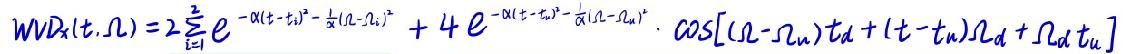
\[ WVD_x(t,\Omega)=2\sum_{i = 1}^{2}e^{-\alpha(t - t_i)^2-\frac{1}{\alpha}(\Omega-\Omega_i)^2}+4e^{-\alpha(t - t_{m})^2-\frac{1}{\alpha}(\Omega-\Omega_{m})^2}\cdot\cos[(\Omega-\Omega_{m})t_d+(t - t_{m})\Omega_d+\Omega_{d}t_{u}] \]